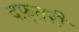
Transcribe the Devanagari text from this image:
दफ़्तरी